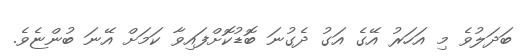
ބަދަލުވެ މި އަހަރު އޭގެ އަގު ދެގުނަ ބޮޑުކޮށްފައިވާ ކަމަށް އޭނަ ބުންޏެވެ.